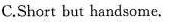
C.Short but handsome.